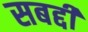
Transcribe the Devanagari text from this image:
सबद्दी